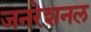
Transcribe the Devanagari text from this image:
जनरेशनल